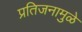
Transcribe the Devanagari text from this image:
प्रतिजनामुळे